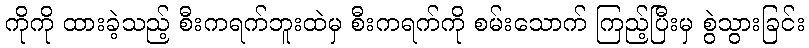
ကိုကို ထားခဲ့သည့် စီးကရက်ဘူးထဲမှ စီးကရက်ကို စမ်းသောက် ကြည့်ပြီးမှ စွဲသွားခြင်း